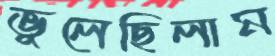
ভুলেছিলাম